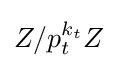
Z/p_{t}^{k_{t}}Z